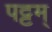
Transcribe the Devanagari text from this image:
पट्टम्